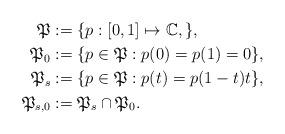
LaTeX: \begin{align*}\mathfrak{P}&:=\lbrace p:[0,1]\mapsto\mathbb{C}, \rbrace,\\\mathfrak{P}_0&:=\lbrace p\in\mathfrak{P}: p(0)=p(1)=0\rbrace, \\\mathfrak{P}_s&:=\lbrace p\in\mathfrak{P}: p(t)=p(1-t)t\rbrace, \\\mathfrak{P}_{s,0}&:=\mathfrak{P}_s\cap \mathfrak{P}_0.\end{align*}